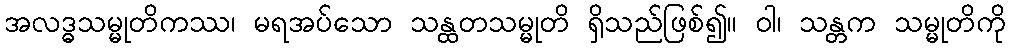
အလဒ္ဓသမ္မုတိကဿ၊ မရအပ်သော သန္ထတသမ္မုတိ ရှိသည်ဖြစ်၍။ ဝါ၊ သန္တက သမ္မုတိကို